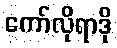
ကော်လိုရာဒို